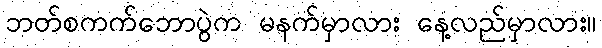
ဘတ်စကက်ဘောပွဲက မနက်မှာလား နေ့လည်မှာလား။